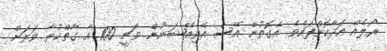
ރޯލެއް އަދާކޮށްފައެވެ. އެގޮތުން އޭސް އޭވިއޭޝަނުން ވަނީ 100 އާ ގާތްކުރާ ވަރަށް